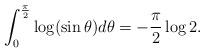
LaTeX: \begin{align*}\int_0^{\frac\pi2}\log(\sin \theta) d\theta=-\frac\pi2 \log2.\end{align*}